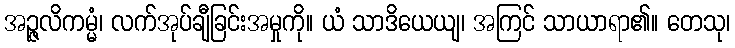
အဉ္ဇလိကမ္မံ၊ လက်အုပ်ချီခြင်းအမှုကို။ ယံ သာဒိယေယျ၊ အကြင် သာယာရာ၏။ တေသု၊